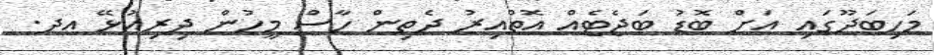
މަހިބަދޫގައި އަށް ބޮޑު ބަޖެޓެއް އޮތްއިރު ދެތިން ހާސް މީހުން ދިރިއުޅޭ އދ.